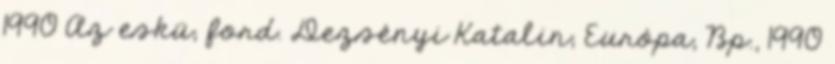
1990 Az eskü; ford. Dezsényi Katalin; Európa, Bp., 1990